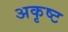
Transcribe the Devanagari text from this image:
अकृष्ट